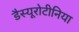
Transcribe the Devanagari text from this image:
डैस्यूरोटीनिया